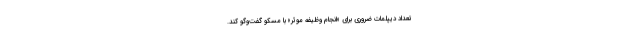
تعداد دیپلمات ضروری برای «انجام وظیفه موثر» با مسکو گفت‌وگو کند.